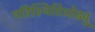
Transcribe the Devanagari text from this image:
परिस्थितिओढवू